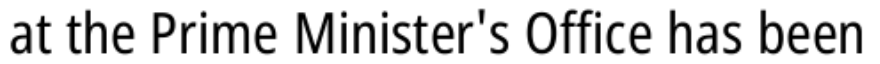
at the Prime Minister's Office has been